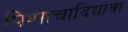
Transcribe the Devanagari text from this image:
पिशाचादियात्रा